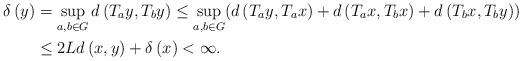
LaTeX: \begin{align*}\delta \left( y\right) & =\sup_{a,b\in G}d\left( T_{a}y,T_{b}y\right) \leq\sup_{a,b\in G}(d\left( T_{a}y,T_{a}x\right) +d\left( T_{a}x,T_{b}x\right)+d\left( T_{b}x,T_{b}y\right) ) \\& \leq 2Ld\left( x,y\right) +\delta \left( x\right) <\infty .\end{align*}